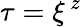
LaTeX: \tau=\xi^{\, z}